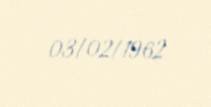
03/02/1962